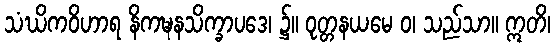
သံဃိကဝိဟာရ နိကဍ္ဎနသိက္ခာပဒေ၊ ၌။ ဝုတ္တနယမေ ဝ၊ သည်သာ။ ဣတိ၊